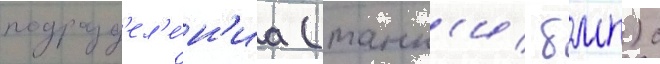
подразд'ел'е́н'иа (танк'и/ бмп) с